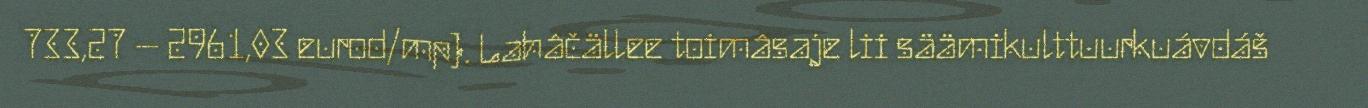
733,27 – 2961,03 eurod/mp). Lahâčällee toimâsaje lii säämikulttuurkuávdáš